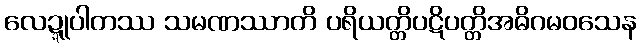
လေဍ္ဍုပါတဿ သမဏဿာတိ ပရိယတ္တိပဋိပတ္တိအဓိဂမဝသေန